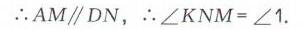
\(\therefore AM\parallel DN\)，\(\therefore \angle KNM=\angle 1\).